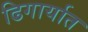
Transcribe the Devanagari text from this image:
ढिगार्यात